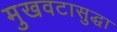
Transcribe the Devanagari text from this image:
मुखवटासुद्धा